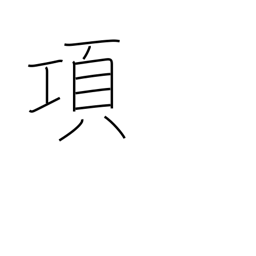
Meaning: paragraph